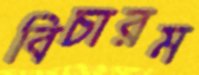
বিচারম